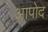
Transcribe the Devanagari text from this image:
आपोद